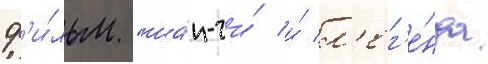
ф'и́льм "ша́н-чи́ и́ л'ег'е́нда